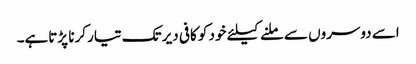
اسے دوسروں سے ملنے کیلئے خود کو کافی دیر تک تیار کرنا پڑتاہے۔